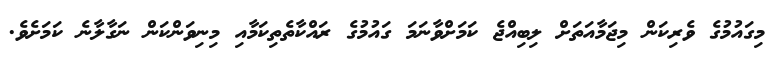
މިގައުމުގެ ވެރިކަން މިޖަމާއަތަށް ލިބިއްޖެ ކަމަށްވާނަމަ ގައުމުގެ ރައްކާތެތިކަމާއި މިނިވަންކަން ނަގާލާނެ ކަމަށެވެ.